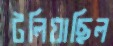
টলিয়াছিল